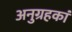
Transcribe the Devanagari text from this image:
अनुग्रहकां